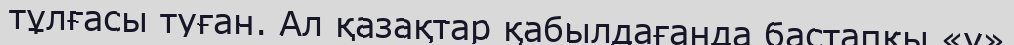
тұлғасы туған. Ал қазақтар қабылдағанда бастапқы «у»